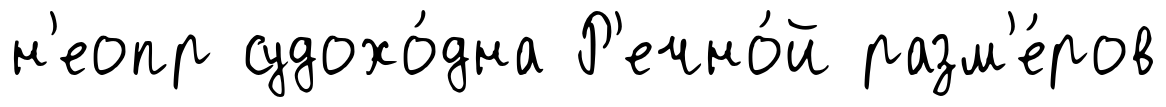
н'еопр судохо́дна Р'ечно́й разм'е́ров